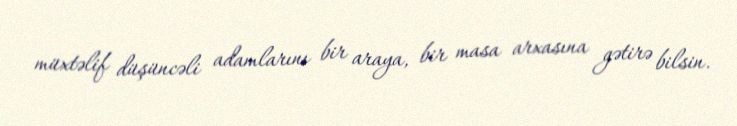
müxtəlif düşüncəli adamlarını bir araya, bir masa arxasına gətirə bilsin.